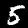
Label: 5